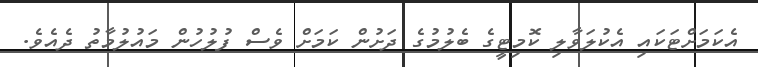
އެކަމަށްޓަކައި އެކުލަވާލި ކޮމިޓީގެ ބެލުމުގެ ދަށުން ކަމަށް ވެސް ފުލުހުން މައުލުމާތު ދެއެވެ.